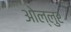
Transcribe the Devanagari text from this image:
ओल्लुर